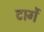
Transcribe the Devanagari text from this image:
टागें